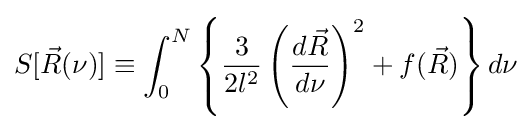
S[{\vec {R}}(\nu )]\equiv \int _{0}^{N}\left\{{\frac {3}{2l^{2}}}\left({\frac {d{\vec {R}}}{d\nu }}\right)^{2}+f({\vec {R}})\right\}d\nu